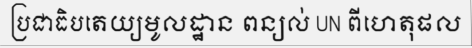
ប្រជាធិបតេយ្យមូលដ្ឋាន ពន្យល់ UN ពីហេតុផល